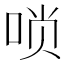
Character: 唢